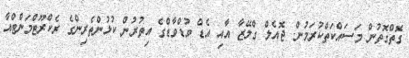
ގޮތްގޮތުން މަސައްކަތްކުރަމުން. ޖޮއެލް ގްލޭޒާ އާއި އެޑް ވުޑްވާޑްގެ އިތުރުން ކުޅުންތެރިންގެ ރެކްރޫޓްމަންޓްއާ